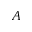
A